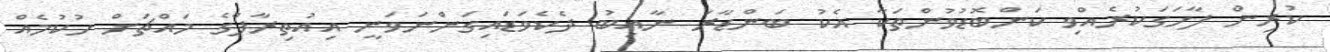
ކުރިން ފާހަގަކުރެއްވި ކަންބޮޑުވުންތަކާ އެކު ބަންޑާރަ ނާއިބު ދެކެވަޑައިގަންނަވަނީ އިއުތިރާފްގެ މައްޗަށް ހުކުމެއް